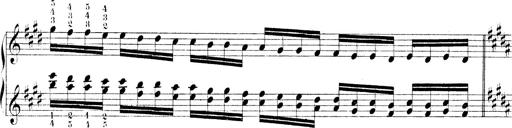
Title: Technische Studien
Composer: Franz Liszt